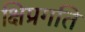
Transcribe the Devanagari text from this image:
क्षिप्रगति